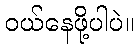
ဝယ်နေဖို့ပါပဲ။